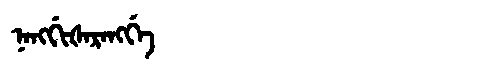
Manchu: ᠨᠠᠩᡤᡳᡧᠠᡵᠠᠩᡤᡝ
Romanization: NANGGIŠARANGGE